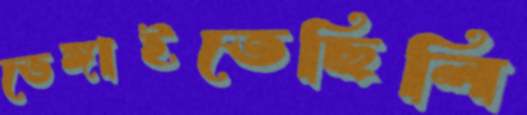
ভেঙ্গাইতেছিলি